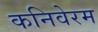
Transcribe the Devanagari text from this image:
कनिवेरम